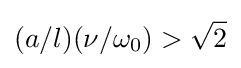
(a/l)(\nu /\omega _{0})>{\sqrt {2}}